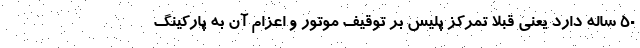
۵۰ ساله دارد یعنی قبلا تمرکز پلیس بر توقیف موتور و اعزام آن به پارکینگ